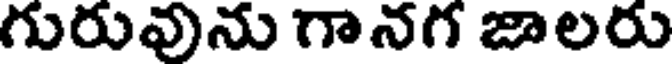
గురువును గానగ జాలరు